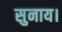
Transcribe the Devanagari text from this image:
सुनाय।